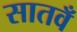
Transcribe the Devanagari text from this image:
सातवँ